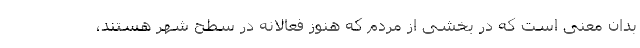
بدان معنی است که در بخشی از مردم که هنوز فعالانه در سطح شهر هستند،